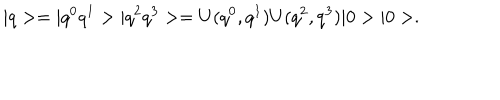
LaTeX: | q > = | q ^ { 0 } q ^ { 1 } > | q ^ { 2 } q ^ { 3 } > = U ( q ^ { 0 } , q ^ { 1 } ) U ( q ^ { 2 } , q ^ { 3 } ) | 0 > | 0 > .